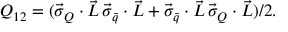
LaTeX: Q _ { 1 2 } = ( \vec { \sigma } _ { Q } \cdot \vec { L } \, \vec { \sigma } _ { \bar { q } } \cdot \vec { L } + \vec { \sigma } _ { \bar { q } } \cdot \vec { L } \, \vec { \sigma } _ { Q } \cdot \vec { L } ) / 2 .